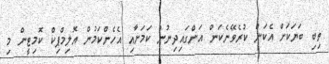
ތިބި ބަޔަކަށް އެކަން ކުރެވޭނެކަން އަންގައިދިނުން ކަމަށާއި އެހެންކަމުން އޮލިމްޕިކް ކޮމިޓީން މި